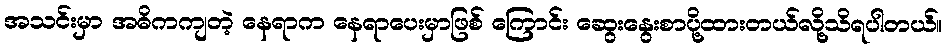
အသင်းမှာ အဓိကကျတဲ့ နေရာက နေရာပေးမှာဖြစ် ကြောင်း ဆွေးနွေးစာပို့ထားတယ်လို့သိရပါတယ်။